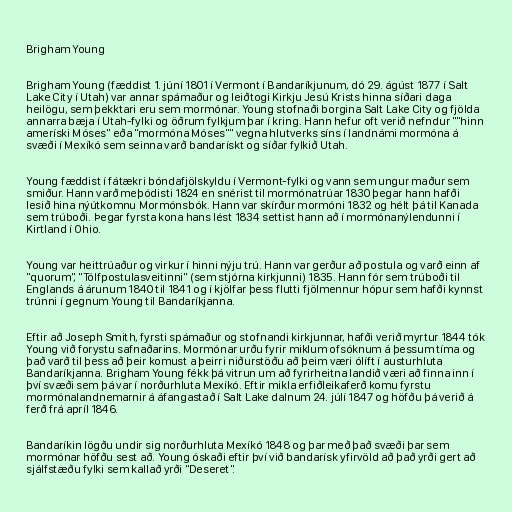
Brigham Young

Brigham Young (fæddist 1. júní 1801 í Vermont í Bandaríkjunum, dó 29. ágúst 1877 í Salt
Lake City í Utah) var annar spámaður og leiðtogi Kirkju Jesú Krists hinna síðari daga
heilögu, sem þekktari eru sem mormónar. Young stofnaði borgina Salt Lake City og fjölda
annarra bæja í Utah-fylki og öðrum fylkjum þar í kring. Hann hefur oft verið nefndur ""hinn
ameríski Móses" eða "mormóna Móses"" vegna hlutverks síns í landnámi mormóna á
svæði í Mexíkó sem seinna varð bandarískt og síðar fylkið Utah.

Young fæddist í fátækri bóndafjölskyldu í Vermont-fylki og vann sem ungur maður sem
smiður. Hann varð meþódisti 1824 en snérist til mormónatrúar 1830 þegar hann hafði
lesið hina nýútkomnu Mormónsbók. Hann var skírður mormóni 1832 og hélt þá til Kanada
sem trúboði. Þegar fyrsta kona hans lést 1834 settist hann að í mormónanýlendunni í
Kirtland í Ohio.

Young var heittrúaður og virkur í hinni nýju trú. Hann var gerður að postula og varð einn af
"quorum", "Tólfpostulasveitinni" (sem stjórna kirkjunni) 1835. Hann fór sem trúboði til
Englands á árunum 1840 til 1841 og í kjölfar þess flutti fjölmennur hópur sem hafði kynnst
trúnni í gegnum Young til Bandaríkjanna.

Eftir að Joseph Smith, fyrsti spámaður og stofnandi kirkjunnar, hafði verið myrtur 1844 tók
Young við forystu safnaðarins. Mormónar urðu fyrir miklum ofsóknum á þessum tíma og
það varð til þess að þeir komust a þeirri niðurstöðu að þeim væri ólíft í austurhluta
Bandaríkjanna. Brigham Young fékk þá vitrun um að fyrirheitna landið væri að finna inn í
því svæði sem þá var í norðurhluta Mexíkó. Eftir mikla erfiðleikaferð komu fyrstu
mormónalandnemarnir á áfangastað í Salt Lake dalnum 24. júlí 1847 og höfðu þá verið á
ferð frá apríl 1846.

Bandaríkin lögðu undir sig norðurhluta Mexíkó 1848 og þar með það svæði þar sem
mormónar höfðu sest að. Young óskaði eftir því við bandarísk yfirvöld að það yrði gert að
sjálfstæðu fylki sem kallað yrði "Deseret".